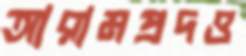
আরামপ্রদও